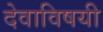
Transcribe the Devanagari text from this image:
देवाविषयी